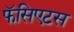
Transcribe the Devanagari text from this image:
फॅसिएटस